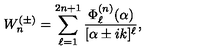
W _ { n } ^ { ( \pm ) } = \sum _ { \ell = 1 } ^ { 2 n + 1 } \frac { \Phi _ { \ell } ^ { ( n ) } ( \alpha ) } { [ \alpha \pm i k ] ^ { \ell } } ,